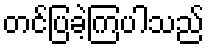
တင်ပြခဲ့ကြပါသည်